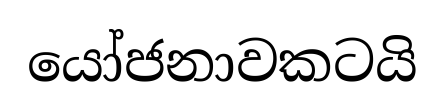
යෝජනාවකටයි